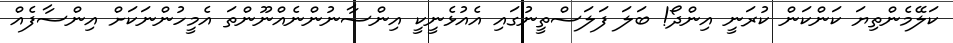
ކަލޭމެންތިޔަ ކަންކަން ކުރަނީ އިންދޯ! ބަލަ ފަލަސްތީނުގައި އެއުޅެނީކީ އިންސާނުންނެއްނޫންތަ އެމީހުންނަކަށް އިންސާފެއް